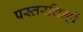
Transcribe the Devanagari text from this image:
प्रस्तरचिन्हों